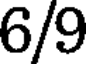
6/9